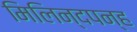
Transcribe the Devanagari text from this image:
मिलिन्दपन्ह